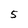
Character: 5